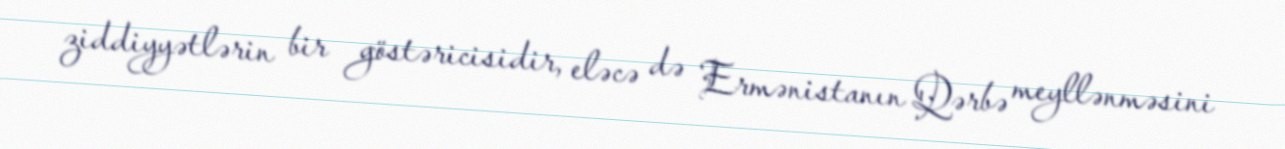
ziddiyyətlərin bir göstəricisidir, eləcə də Ermənistanın Qərbə meyllənməsini